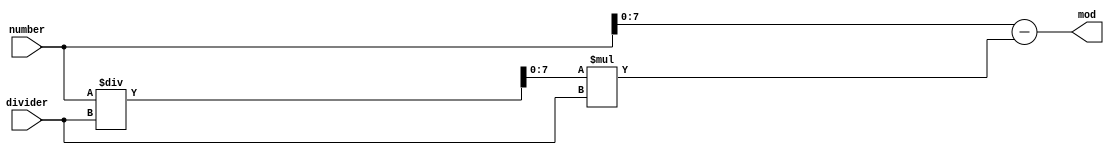
module modulus(input [15:0] number,input [7:0] divider,output [7:0] mod);
  reg [15:0] numTemp;
  reg [7:0] divTemp;
  reg [7:0] modTemp;

  always @(number) begin
    divTemp=number / divider;
    numTemp=divTemp * divider;
    modTemp=number - numTemp;
  end
  assign mod=modTemp;
endmodule